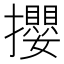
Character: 攖